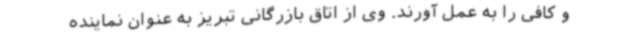
و کافی را به عمل آورند. وی از اتاق بازرگانی تبریز به عنوان نماینده